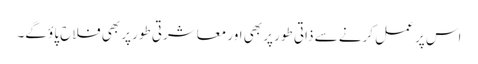
اس پر عمل کرنے سے ذاتی طور پر بھی اور معاشرتی طور پر بھی فلاح پاؤ گے۔